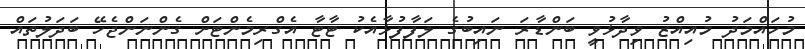
މުހައްމަދު މުއިއްޒު ވިދާޅުވީ ބަންޑާރަ ނައިބުގެ ލަފާފުޅާއެކު ޓާޓާ އެގްރިމެންޓަށް ގެންނަންޖެހޭ ބަދަލުތައް